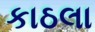
કાઠલા